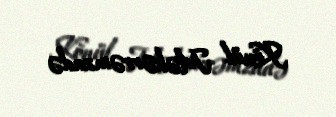
Könül Məhərrəmzadə